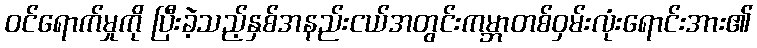
ဝင်ရောက်မှုကို ပြီးခဲ့သည့်နှစ်အနည်းငယ်အတွင်းကမ္ဘာတစ်ဝှမ်းလုံးရောင်းအား၏